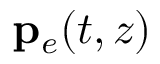
{ \bf p } _ { e } ( t , z )